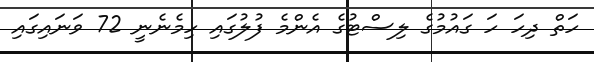
ހަތް ދިހަ ހަ ގައުމުގެ ލިސްޓުގެ އެންމެ ފުލުގައި ހިމެނެނީ 72 ވަނައިގައި